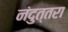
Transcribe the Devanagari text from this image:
नंदुत्तरा